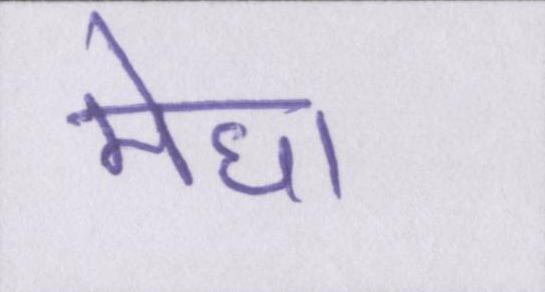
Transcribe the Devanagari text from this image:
मेधा